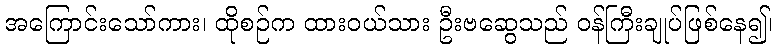
အကြောင်းသော်ကား၊ ထိုစဉ်က ထားဝယ်သား ဦးဗဆွေသည် ဝန်ကြီးချုပ်ဖြစ်နေ၍၊